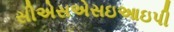
સીએસએસઇઆઇપી